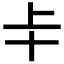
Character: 𠦀